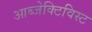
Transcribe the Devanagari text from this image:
आब्जेक्टिविस्ट